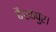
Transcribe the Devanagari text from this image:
बैरकपुर।